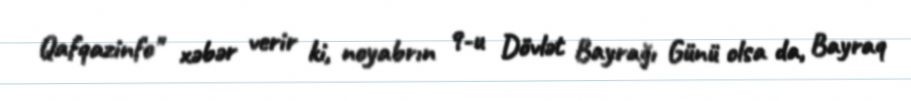
Qafqazinfo" xəbər verir ki, noyabrın 9-u Dövlət Bayrağı Günü olsa da, Bayraq